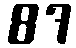
87